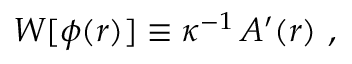
{ \cal W } [ \phi ( r ) ] \equiv \kappa ^ { - 1 } \, A ^ { \prime } ( r ) \ ,